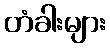
တံခါးများ